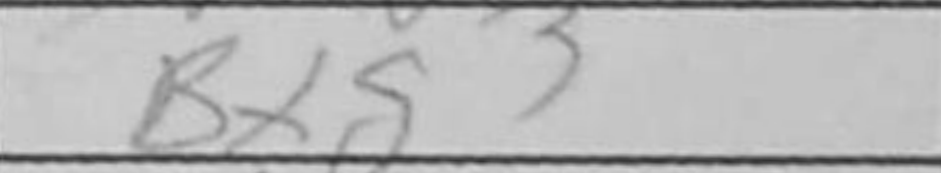
Transcription: Bxg3